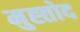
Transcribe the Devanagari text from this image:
मुह्तोद